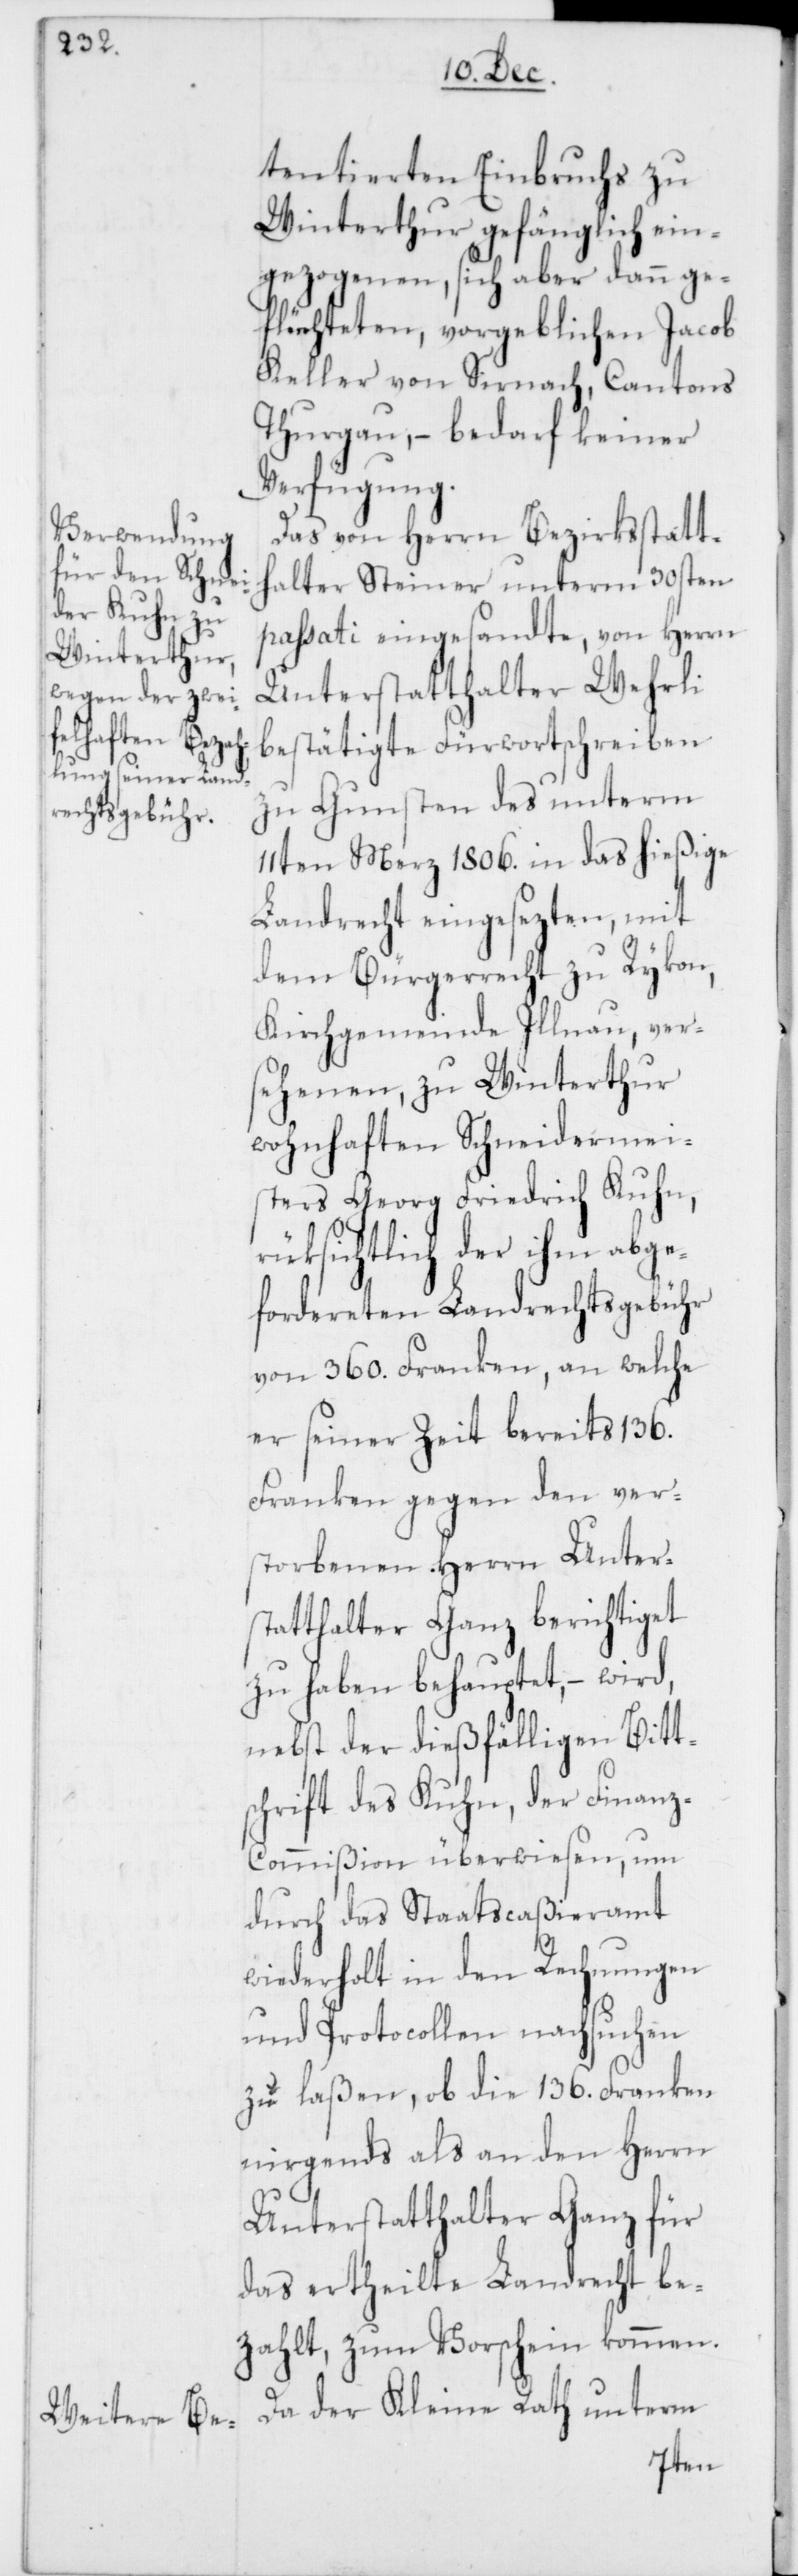
tentierten Einbruchs zu
Winterthur gefänglich ein¬
gezogenen, sich aber dann ge¬
flüchteten, vorgeblichen Jacob
Keller von Sirnach, Cantons
Thurgau, – bedarf keiner
Verfügung.
Das von Herrn Bezirksstatt¬
halter Steiner unterm 30sten
passati eingesandte, von Herrn
Unterstatthalter Wehrli
bestätigte Fürwortschreiben
zu Gunsten des unterm
11ten Merz 1806. in das hießige
Landrecht eingesezten, mit
dem Bürgerrecht zu Rykon,
Kirchgemeinde Illnau, ver¬
sehenen, zu Winterthur
wohnhaften Schneidermei¬
sters Georg Friedrich Kuhn,
rüksichtlich der ihm abge¬
fordereten Landrechtsgebühr
von 360. Franken, an welche
er seiner Zeit bereits 136.
Franken gegen den ver¬
storbenen Herrn Unters¬
tatthalter Ganz berichtiget
zu haben behauptet, – wird,
nebst der dießfälligen Bitt¬
schrift des Kuhn, der Finan¬
z-Commißion überwiesen, um
durch das Staatscaßieramt
wiederholt in den Rechnungen
und Protocollen nachsuchen
zu laßen, ob die 136. Franken
nirgends als an den Herrn
Unterstatthalter Ganz für
das ertheilte Landrecht be¬
zahlt, zum Vorschein kommen.
Da der Kleine Rath unterm